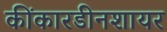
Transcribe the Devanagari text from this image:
कींकारडीनशायर